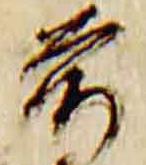
前